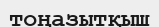
тоңазытқыш